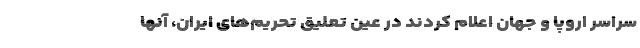
سراسر اروپا و جهان اعلام کردند در عین تعلیق تحریم‌های ایران، آنها